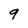
Character: 9